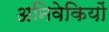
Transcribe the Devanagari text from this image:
अनिवेकियों